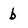
Character: b